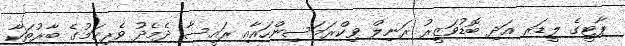
ޕާޓީގެ ލީޑަރ އަދި ބޮޑުވަޒީރު ރަނިލް ވިކްރަމަސިންހައާއި ރައީސާ ދެމެދު ވެރިކަމުގެ ބާރުތަކާ